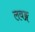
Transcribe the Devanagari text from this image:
लवङ्ग